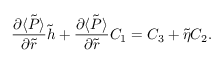
\frac { \partial \langle \tilde { P } \rangle } { \partial \tilde { r } } \tilde { h } + \frac { \partial \langle \tilde { P } \rangle } { \partial \tilde { r } } C _ { 1 } = C _ { 3 } + \tilde { \eta } C _ { 2 } .